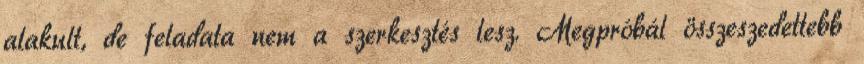
alakult, de feladata nem a szerkesztés lesz. Megpróbál összeszedettebb